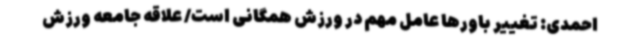
احمدی: تغییر باورها عامل مهم در ورزش همگانی است/ علاقه جامعه ورزش